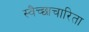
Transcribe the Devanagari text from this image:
स्वैच्छाचारिता